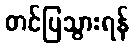
တင်ပြသွားရန်